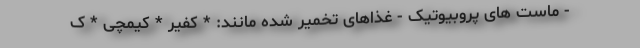
- ماست های پروبیوتیک - غذاهای تخمیر شده مانند: * کفیر * کیمچی * ک